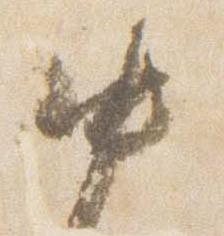
中